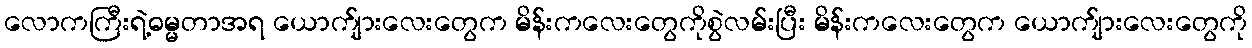
လောကကြီးရဲ့ဓမ္မတာအရ ယောက်ျားလေးတွေက မိန်းကလေးတွေကိုစွဲလမ်းပြီး မိန်းကလေးတွေက ယောက်ျားလေးတွေကို